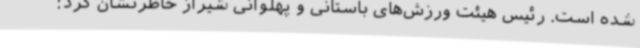
شده است. رئیس هیئت ورزش‌های باستانی و پهلوانی شیراز خاطرنشان کرد: